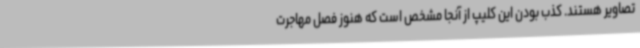
تصاویر هستند. کذب بودن این کلیپ از آنجا مشخص است که هنوز فصل مهاجرت